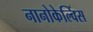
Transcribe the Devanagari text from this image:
नानोकेल्विंस